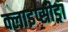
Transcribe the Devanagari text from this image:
क्लाइप्सीड्रा